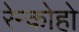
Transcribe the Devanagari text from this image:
रेन्कोहो